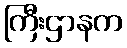
ကြီးဌာနက